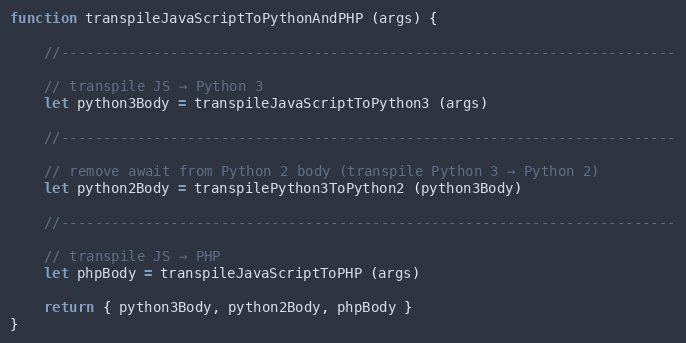
Language: JavaScript
function transpileJavaScriptToPythonAndPHP (args) {

    //-------------------------------------------------------------------------

    // transpile JS → Python 3
    let python3Body = transpileJavaScriptToPython3 (args)

    //-------------------------------------------------------------------------

    // remove await from Python 2 body (transpile Python 3 → Python 2)
    let python2Body = transpilePython3ToPython2 (python3Body)

    //-------------------------------------------------------------------------

    // transpile JS → PHP
    let phpBody = transpileJavaScriptToPHP (args)

    return { python3Body, python2Body, phpBody }
}